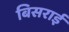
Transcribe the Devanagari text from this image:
बिसराई